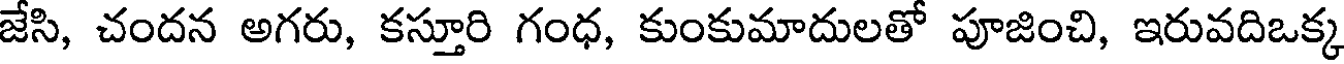
జేసి, చందన అగరు, కస్తూరి గంధ, కుంకుమాదులతో పూజించి, ఇరువదిఒక్క